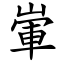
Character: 㟦